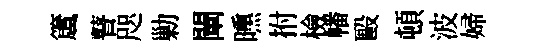
𥵂瞽咫勦闡曛拊檢幡毆頓波婦